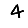
Digit: 4